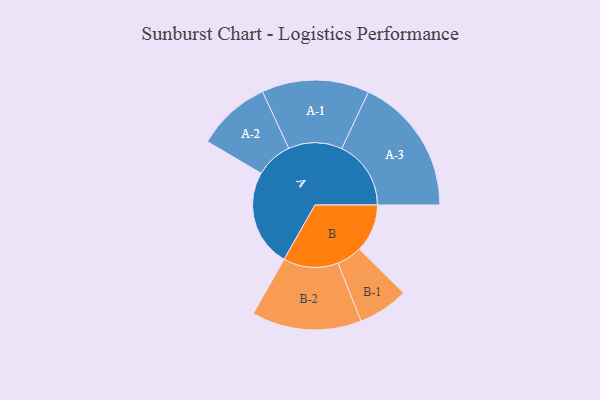
{"axis": {"x": "Segment", "y": "Value"}, "legend": ["", "A", "B"], "data": [{"x": "A", "y": 420, "type": ""}, {"x": "B", "y": 207, "type": ""}, {"x": "A-1", "y": 232, "type": "A"}, {"x": "A-2", "y": 160, "type": "A"}, {"x": "A-3", "y": 299, "type": "A"}, {"x": "B-1", "y": 109, "type": "B"}, {"x": "B-2", "y": 237, "type": "B"}]}